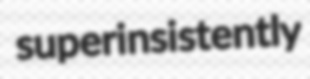
superinsistently